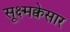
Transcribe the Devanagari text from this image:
सूक्ष्मक्वेसार